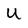
Character: U